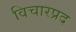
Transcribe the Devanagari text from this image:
विचारप्रद